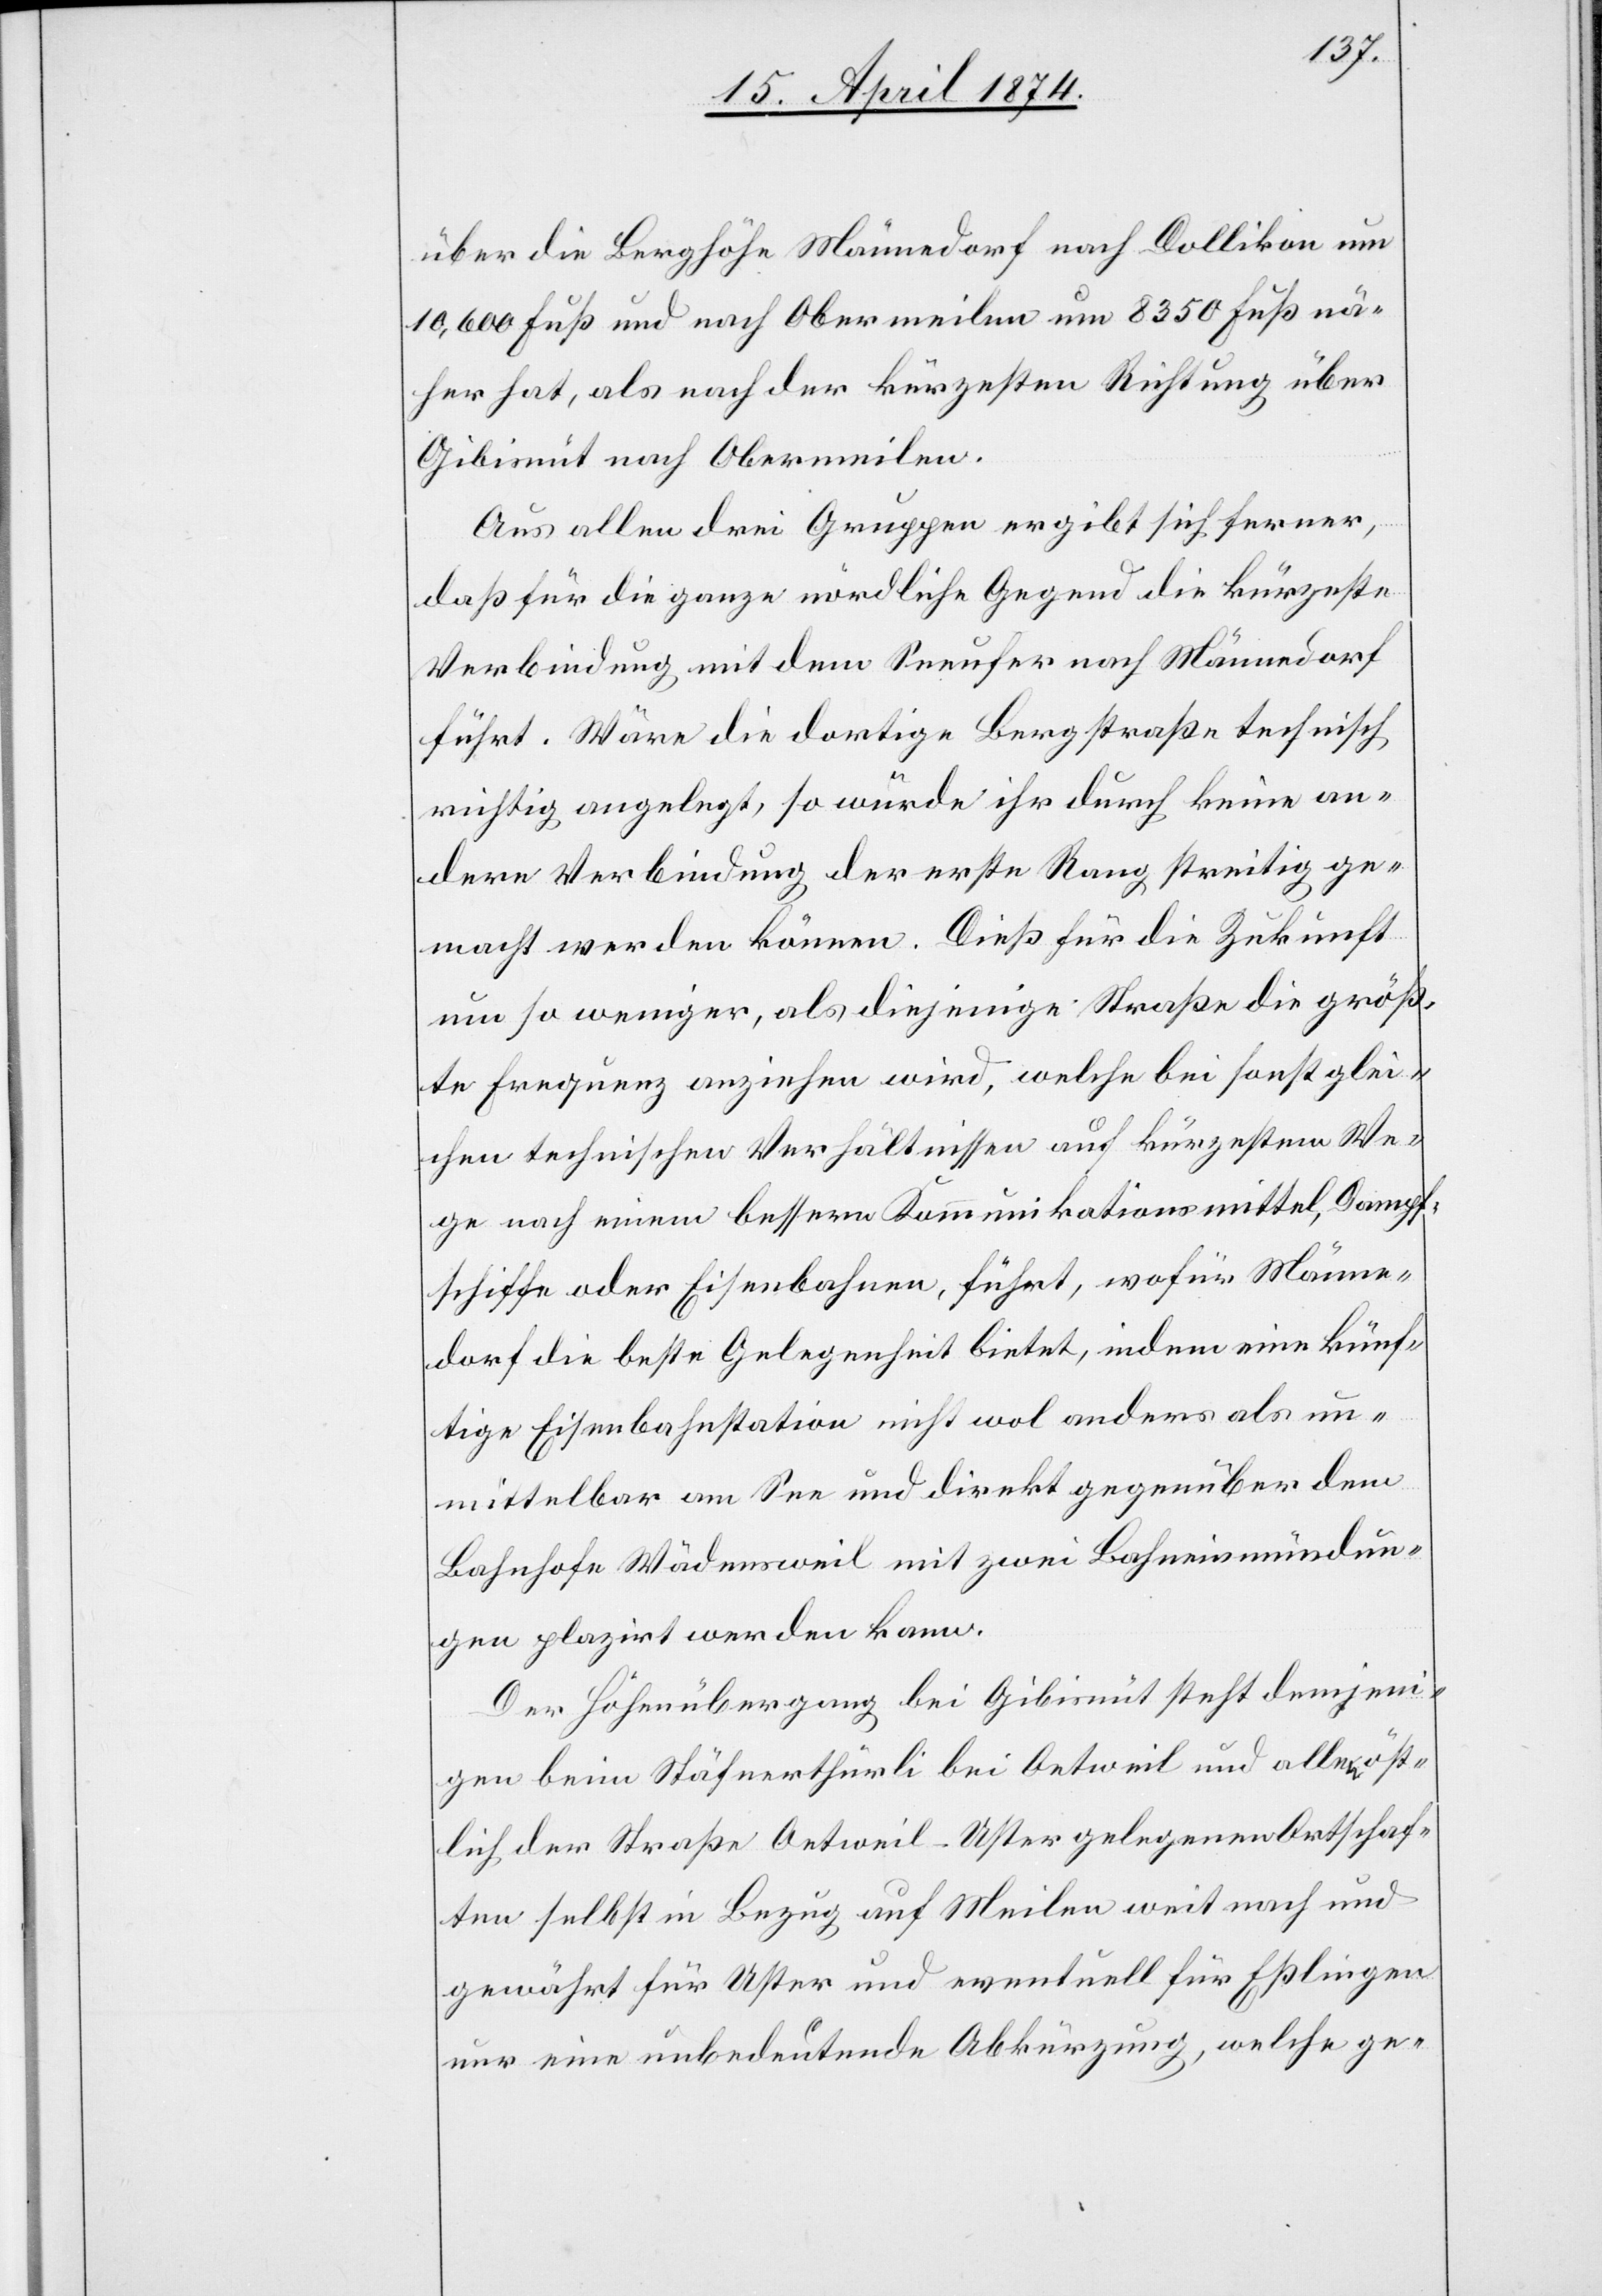
über die Berghöhe Männedorf nach Dollikon um
10,600 Fuß und nach Obermeilen um 3850 Fuß nä¬
her hat, als nach der kürzesten Richtung über
Gibisnüt nach Obermeilen.
Aus allen drei Gruppen ergibt sich ferner,
daß für die ganze nördliche Gegend die kürzeste
Verbindung mit dem Seeufer nach Männedorf
führt. Wäre die dortige Bergstraße technisch
richtig angelegt, so würde ihr durch keine an¬
dere Verbindung der erste Rang streitig ge¬
macht werden können. Dieß für die Zukunft
um so weniger, als diejenige Straße die größ¬
te Frequenz anziehen wird, welche bei sonst glei¬
chen technischen Verhältnissen auf kürzestem We¬
ge nach einem bessern Kommunikationsmittel, Dampf¬
schiffe oder Eisenbahnen, führt, wofür Männe¬
dorf die beste Gelegenheit bietet, indem eine künf¬
tige Eisenbahnstation nicht wol anders als un¬
mittelbar am See und direkt gegenüber dem
Bahnhofe Wädensweil mit zwei Bahneinmündun¬
gen plazirt werden kann.
Der Höhenübergang bei Gibisnüt steht demjeni¬
gen beim Stäfnerthürli bei Oetweil und alle öst¬
lich der Straße Oetweil-Uster gelegenen Ortschaf¬
ten selbst in Bezug auf Meilen weit nach und
gewährt für Uster und eventuell für Eßlingen
nur eine unbedeutende Abkürzung, welche ge-